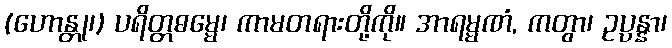
(ဟောန္တု၊) ပရိတ္တဓမ္မေ၊ ကာမတရားတို့ကို။ အာရမ္မဏံ, ကတွာ၊ ဥပ္ပန္နာ၊